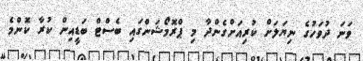
ވަނަ ދުވަހުގެ ނިޔަލަށް ކުރިއަށްގެންދާ މި ޕްރޮމޯޝަންގައި ބެސްޓް ބަޑީއިން ކުރާ ކޮންމެ